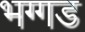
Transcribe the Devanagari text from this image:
भग्‍गड